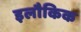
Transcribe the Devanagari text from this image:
इलौकिक